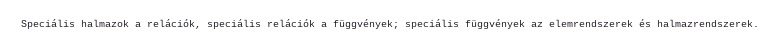
Speciális halmazok a relációk, speciális relációk a függvények; speciális függvények az elemrendszerek és halmazrendszerek.